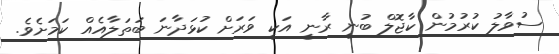
ސުވާލު ކުރުމުން ކާޖޮލް ބުނީ ރާނީ އަކީ ވަރަށް ކުޅަދާނަ ބަތަލާއެއް ކަމަށެވެ.